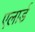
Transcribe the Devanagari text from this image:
एलार्ड